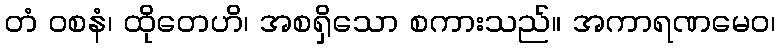
တံ ဝစနံ၊ ထိုတေဟိ၊ အစရှိသော စကားသည်။ အကာရဏမေဝ၊